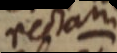
rectam